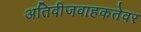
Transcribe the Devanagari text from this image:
अतिवीजवाहकतेवर